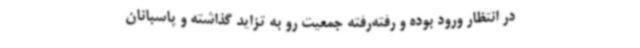
در انتظار ورود بوده و رفته‌رفته جمعیت رو به تزاید گذاشته و پاسبانان